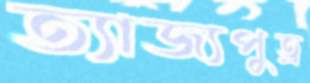
ত্যাজ্যপুত্র